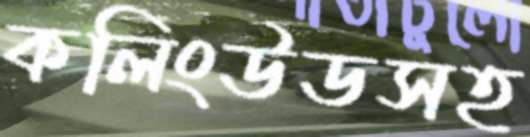
কলিংউডসহ